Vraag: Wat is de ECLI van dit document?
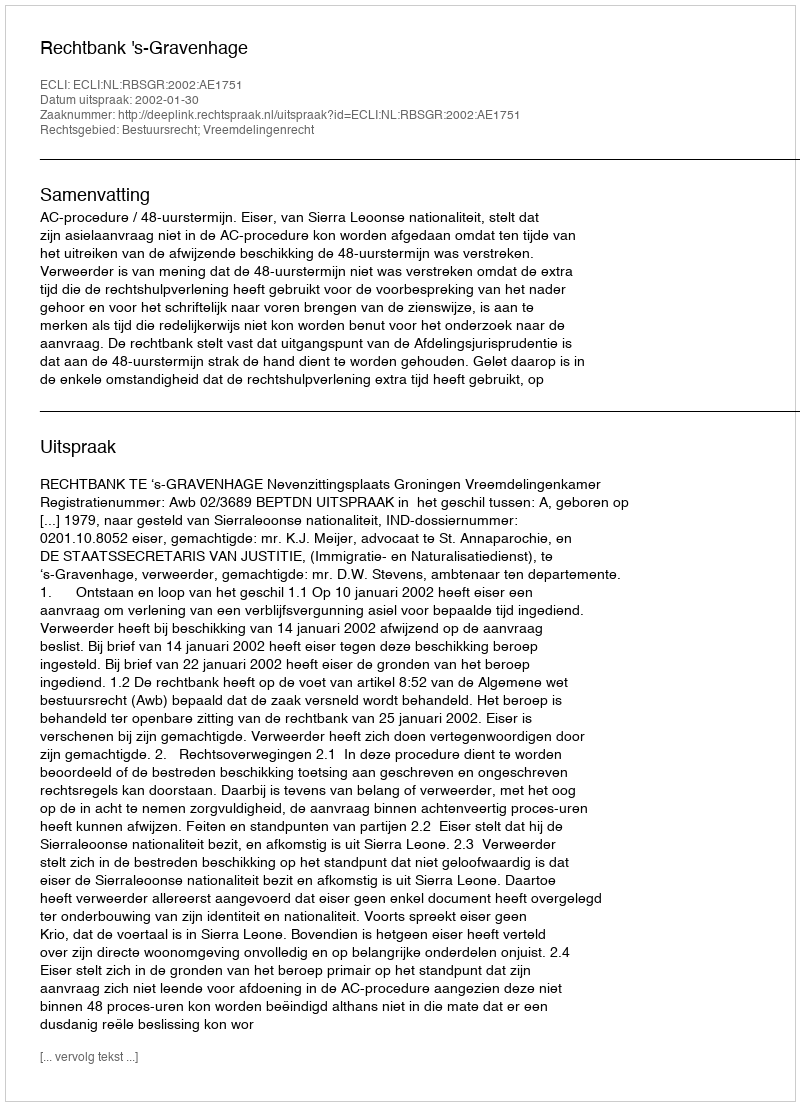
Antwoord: ECLI:NL:RBSGR:2002:AE1751